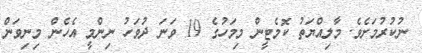
ނުކުރުމަށެވެ. މާލިއްޔަތު ކޮމެޓީން މިމަހުގެ 19 ވަނަ ދުވަހު ނިންމީ އެހެން މިނިވަން